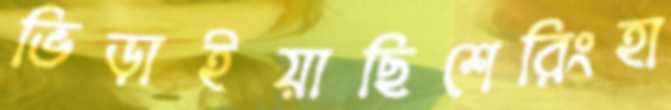
ভিড়াইয়াছিশেরিংহা